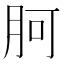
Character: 胢